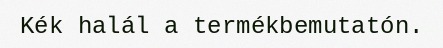
Kék halál a termékbemutatón.